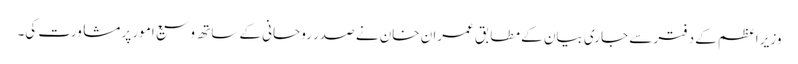
وزیر اعظم کے دفتر سے جاری بیان کے مطابق عمران خان نے صدر روحانی کے ساتھ وسیع امور پر مشاورت کی۔